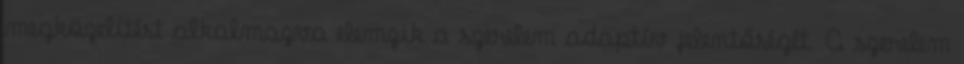
megközelítést alkalmazva elemzik a szerelem adaptív jelentőségét. A szerelem